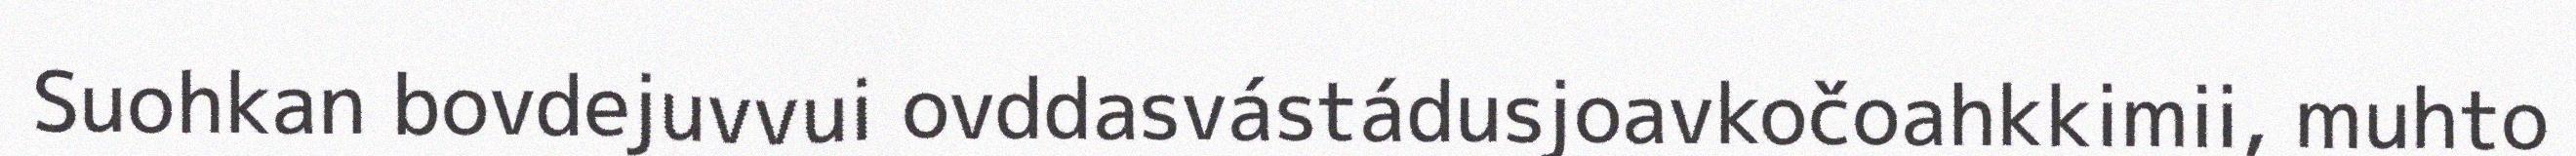
Suohkan bovdejuvvui ovddasvástádusjoavkočoahkkimii, muhto